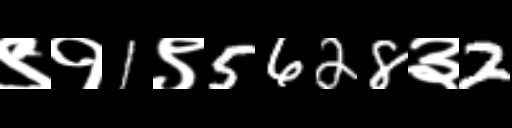
Text: ९१1९5628३2